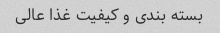
بسته بندى و کیفیت غذا عالى